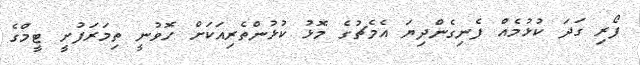
ފޯރި ގަދަ ކުޅުމެއް ފެނިގެންދިޔަ އެމެޗުގެ މޮޅު ކުޅުންތެރިއަކަށް ހޮވުނީ ތިމަރަފުށީ ޓީމްގެ